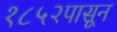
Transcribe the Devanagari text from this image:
१८५२पासून